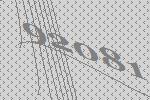
92081